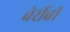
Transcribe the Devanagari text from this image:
वेर्रीबी